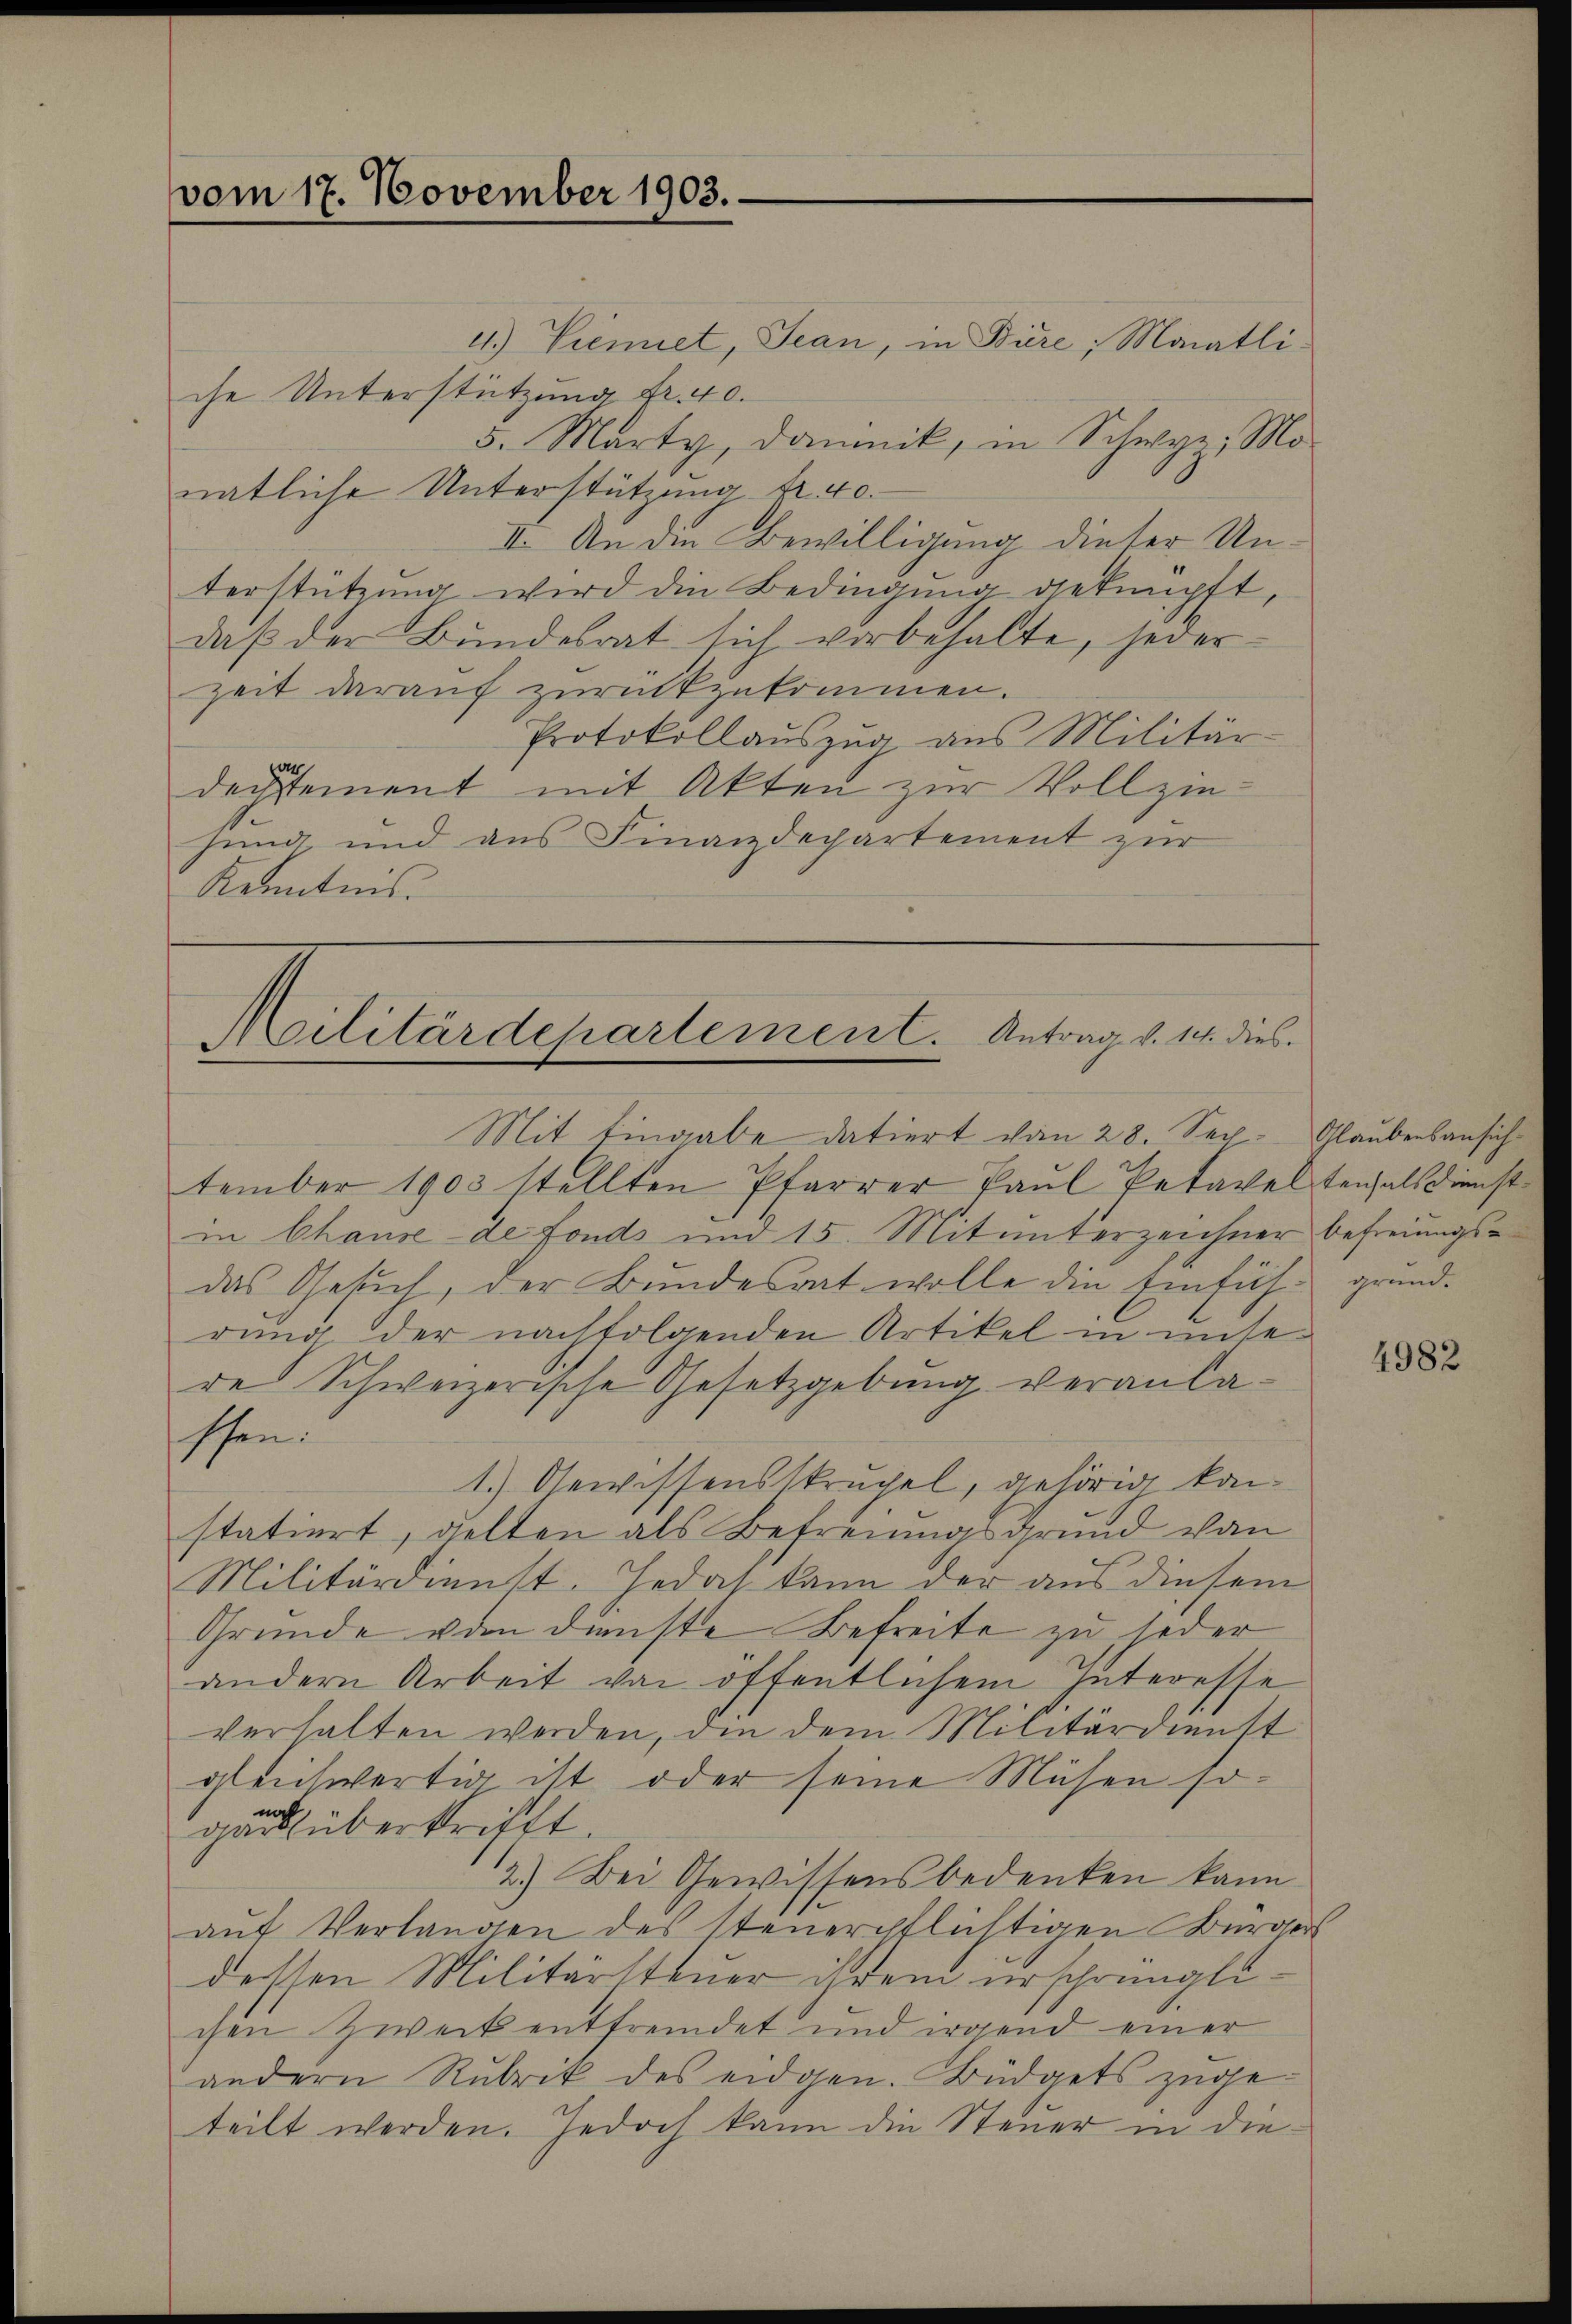
vom 17. November 1903.

4.) Dienet, Jean, in Büre, Monatli
che Unterstützung Fr. 40.
5. Marty, damnik, in Schwyz; Mo-
natliche Unterstützung fr. 40.
II. An die Bewilligung dieser Unterstützŭng wird die Bedingung geknüpft,
daß der Bundesrat sich vorbehalte, jederzeit darauf zurückzukommen.
Protokollauszug aus Militär-
dentement mit Akten zur Vollziehung, und aus Finanzdepartement zur
Kenntnis.

Militärdepartement. Antrag v. 14. dies

Mit Eingabe datiert vom 28. Sep. Glaubensansichtember 1903 stellten Pfarrer Paul Petavelterals Dienstin Chause - de fonds und 15. Mitunterzeichner Befreiungsdas Gesŭch, der Bŭndesrat wolle die Einfüh- grund-
rung der nachfolgenden Artikel in unse
re Schweizerische Gesetzgebung veranlaschen.
1.) Gewissensskrupel, gehörig konstatiert, gelten als Befreiungsgrund von
Militärdienst. Jedas kann der aus diesem
Gründe von dienste Befreite zu jeder
andern Arbeit von öffentlichem Interesse
verhalten werden, den dem Militärdienst
gleichwertig ist oder seine Musen sogeit übertrifft.
12.) Bei Gewissens bedenken kann
auf Verlangen des steuerpflichtigen Bürger
dessen Militärsteuer ihrem ursprünglichen Zweck entfremdet und irgend einer
andern Rubrik des eidgen. Büdgets zugeteilt werden. Jedoch kann die Steuer in die¬

4982